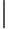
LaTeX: |